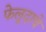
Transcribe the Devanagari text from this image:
फेलूदाचे